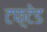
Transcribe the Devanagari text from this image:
टफ़्टेड